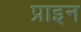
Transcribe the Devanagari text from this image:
प्राइन